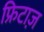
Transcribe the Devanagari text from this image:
फ्रिटाज़